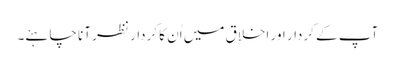
آپ کے کردار اور اخلاق میں اُن کا کردار نظر آنا چاہئے۔